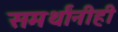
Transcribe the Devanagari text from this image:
समर्थांनीही